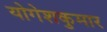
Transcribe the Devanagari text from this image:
योगेशकुमार